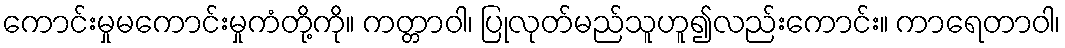
ကောင်းမှုမကောင်းမှုကံတို့ကို။ ကတ္တာဝါ၊ ပြုလုတ်မည်သူဟူ၍လည်းကောင်း။ ကာရေတာဝါ၊